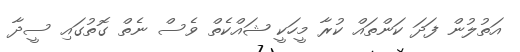
އަތުލުން ފަދަ ކަންތައް ކުރާ މީހަކީ ޝައްކެތް ވެސް ނެތް ގޮތުގައި ސީދާ